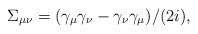
\begin{align*}\Sigma_{\mu \nu}=(\gamma_\mu \gamma_\nu-\gamma_\nu\gamma_\mu)/(2 i),\end{align*}